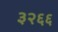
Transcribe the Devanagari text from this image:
३२६६